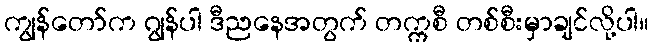
ကျွန်တော်က ဂျွန်ပါ ဒီညနေအတွက် တက္ကစီ တစ်စီးမှာချင်လို့ပါ။